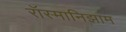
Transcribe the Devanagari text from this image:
रॉस्मानिझाम